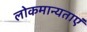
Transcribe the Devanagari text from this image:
लोकमान्यताएं